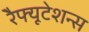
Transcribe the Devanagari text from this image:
रेैफ्यूटेशन्स